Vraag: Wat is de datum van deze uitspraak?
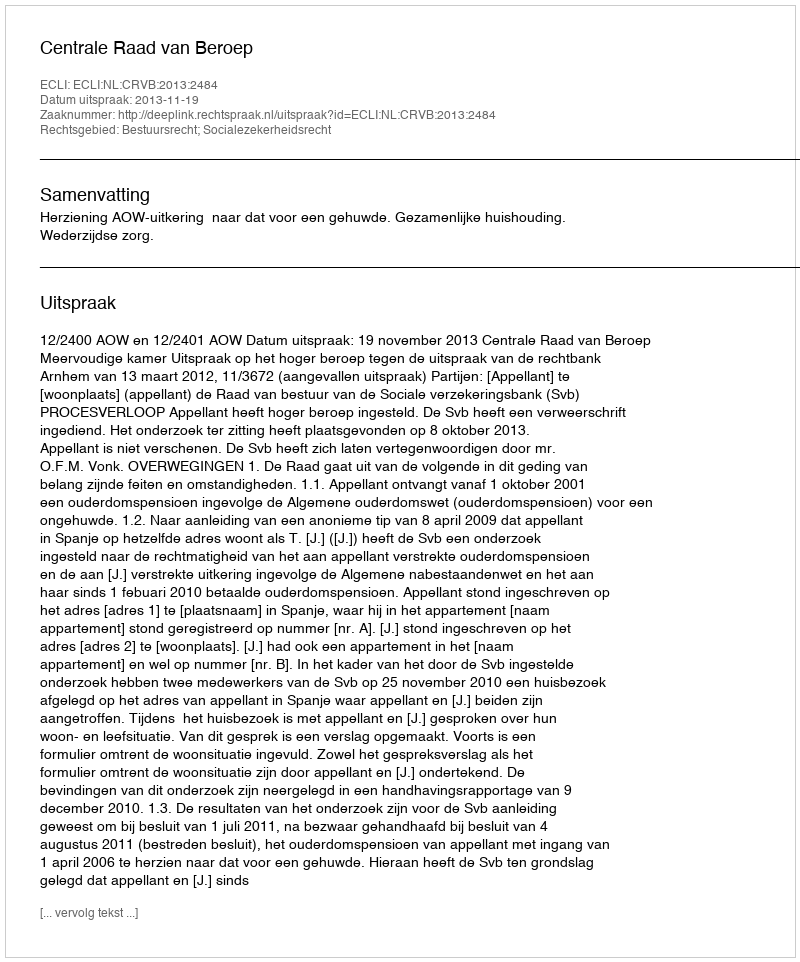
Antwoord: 2013-11-19